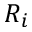
R _ { i }